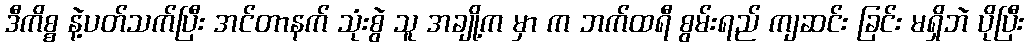
ဒီကိစ္စ နဲ့ပတ်သက်ပြီး အင်တာနက် သုံးစွဲ သူ အချို့က မှာ က ဘက်ထရီ စွမ်းရည် ကျဆင်း ခြင်း မရှိဘဲ ပိုပြီး